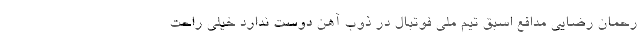
رحمان رضایی مدافع اسبق تیم ملی فوتبال در ذوب آهن دوست ندارد خیلی راحت